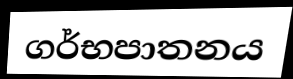
ගර්භපාතනය